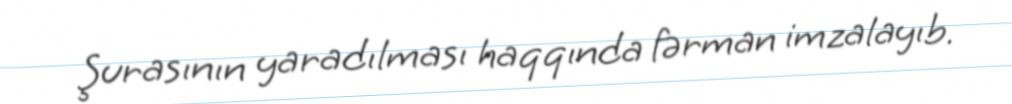
Şurasının yaradılması haqqında fərman imzalayıb.